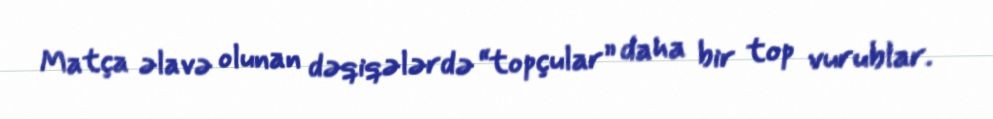
Matça əlavə olunan dəqiqələrdə “topçular” daha bir top vurublar.